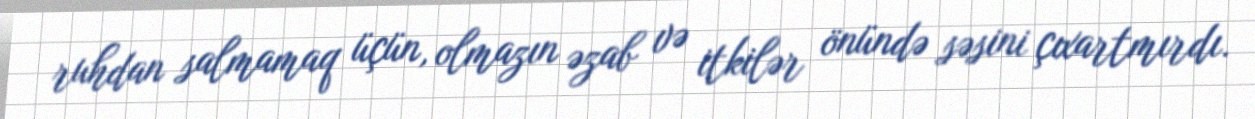
ruhdan salmamaq üçün, olmazın əzab və itkilər önündə səsini çıxartmırdı.